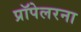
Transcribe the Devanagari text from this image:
प्रॉपेलरना